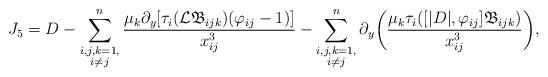
LaTeX: \begin{align*}J_5=D-\sum_{\substack{i,j,k=1,\\i\not=j}}^n\frac{\mu_k\partial_y[\tau_i(\mathcal{L}\mathfrak{B}_{ijk})(\varphi_{ij}-1)]}{x^3_{ij}}-\sum_{\substack{i,j,k=1,\\i\not=j}}^n\partial_y\bigg(\frac{\mu_k\tau_i([|D|,\varphi_{ij}]\mathfrak{B}_{ijk})}{x_{ij}^3}\bigg),\end{align*}